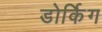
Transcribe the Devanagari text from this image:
डोर्किग